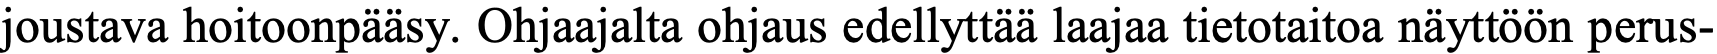
joustava hoitoonpääsy. Ohjaajalta ohjaus edellyttää laajaa tietotaitoa näyttöön perus-